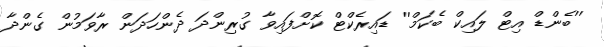
''ބެންޑް އިޓް ލައިކް ބެކަމް'' ޑައިރެކްޓް ކޮށްފައިވާ ގުރިންދަ ދެންހަދަން ރާވަމުން ގެންދާ